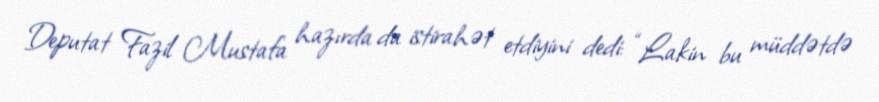
Deputat Fazil Mustafa hazırda da istirahət etdiyini dedi: “Lakin bu müddətdə